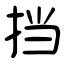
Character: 挡